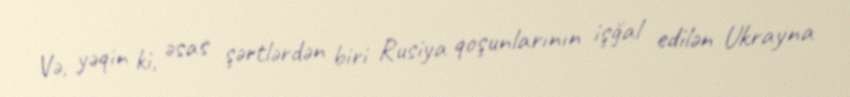
Və, yəqin ki, əsas şərtlərdən biri Rusiya qoşunlarının işğal edilən Ukrayna